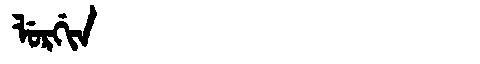
Manchu: ᠯᡠᡵᡤᡳᠨ
Romanization: LURGIN